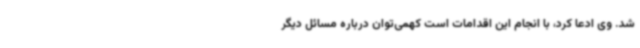
شد. وی ادعا کرد، با انجام این اقدامات است کهمی‌توان درباره مسائل دیگر